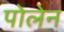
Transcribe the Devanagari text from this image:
पोलेन